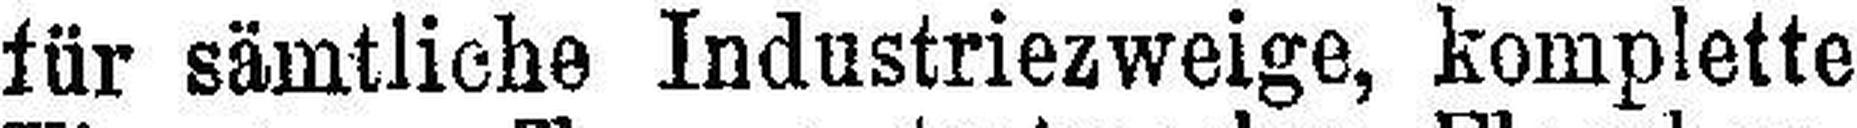
für sämtliche Industriezweige, komplette